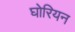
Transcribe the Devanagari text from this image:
घोरियन